Annual report of the Bengal Veterinary College and of the Civil Veterinary Department, Bengal, for the year 1912-1913 - 1912-1913
Year: 1912
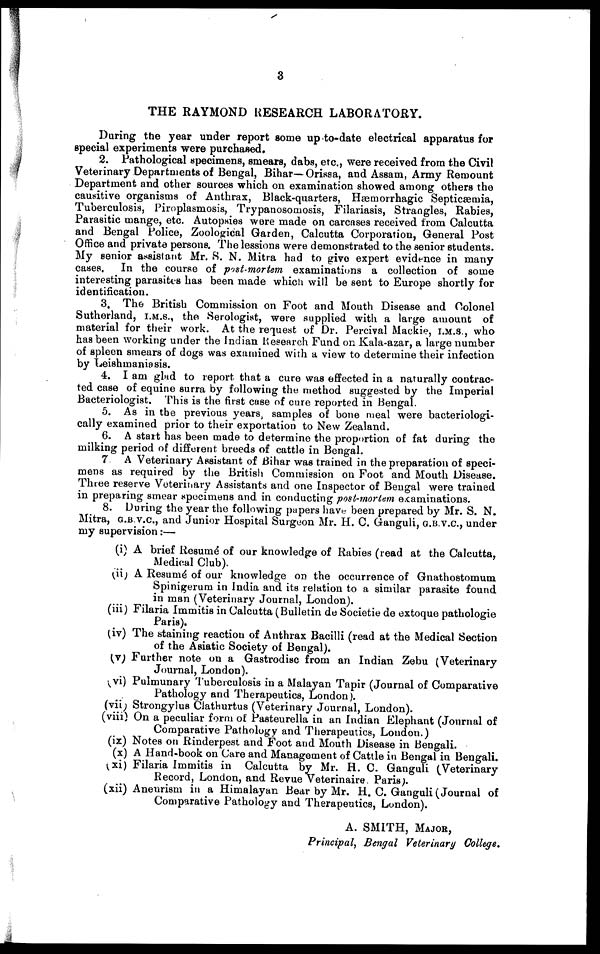
3
THE RAYMOND RESEARCH LABORATORY.
During the year under report some up to-date electrical apparatus for
special experiments were purchased.
2. Pathological specimens, smears, dabs, etc., were received from the Civil
Veterinary Departments of Bengal, Bihar—Orissa, and Assam, Army Remount
Department and other sources which on examination showed among others the
causitive organisms of Anthrax, Black-quarters, Hæmorrhagic Septicæmia,
Tuberculosis, Piroplasmosis, Trypanosomosis, Filariasis, Strangles, Rabies,
Parasitic mange, etc. Autopsies wore made on carcases received from Calcutta
and Bengal Police, Zoological Garden, Calcutta Corporation, General Post
Office and private persons. The lessions were demonstrated to the senior students.
My senior assistant Mr. S. N. Mitra had to give expert evidence in many
cases. In the course of post-mortem examinations a collection of some
interesting parasites has been made which will be sent to Europe shortly for
identification.
3. The British Commission on Foot and Mouth Disease and Colonel
Sutherland, I.M.S., the Serologist, were supplied with a large amount of
material for their work. At the request of Dr. Percival Mackie, I.M.S., who
has been working under the Indian Research Fund on Kala-azar, a large number
of spleen smears of dogs was examined with a view to determine their infection
by Leishmaniasis.
4. I am glad to report that a cure was effected in a naturally contrac-
ted case of equine surra by following the method suggested by the Imperial
Bacteriologist. This is the first case of cure reported in Bengal.
5. As in the previous years, samples of bone meal were bacteriologi-
cally examined prior to their exportation to New Zealand.
6. A start has been made to determine the proportion of fat during the
milking period of different breeds of cattle in Bengal.
7 A Veterinary Assistant of Bihar was trained in the preparation of speci-
mens as required by the British Commission on Foot and Mouth Disease.
Three reserve Veterinary Assistants and one Inspector of Bengal were trained
in preparing smear specimens and in conducting post-mortem examinations.
8. During the year the following papers have been prepared by Mr. S. N.
Mitra, G.B.V.C., and Junior Hospital Surgeon Mr. H. C. Ganguli, G.B.V.C., under
my supervision:—
(i) A brief Resumé of our knowledge of Rabies (read at the Calcutta,
Medical Club).
(ii) A Resumé of our knowledge on the occurrence of Gnathostomum
Spinigerum in India and its relation to a similar parasite found
in man (Veterinary Journal, London).
(iii) Filaria Immitis in Calcutta (Bulletin de Societie de extoque pathologie
Paris).
(iv) The staining reaction of Anthrax Bacilli (read at the Medical Section
of the Asiatic Society of Bengal).
(v) Further note on a Gastrodisc from an Indian Zebu (Veterinary
Journal, London).
(vi) Pulmunary Tuberculosis in a Malayan Tapir (Journal of Comparative
Pathology and Therapeutics, London).
(vii) Strongylus Clathurtus (Veterinary Journal, London).
(viii) On a peculiar form of Pasteurella in an Indian Elephant (Journal of
Comparative Pathology and Therapeutics, London.)
(ix) Notes on Rinderpest and Foot and Mouth Disease in Bengali.
(x) A Hand-book on Care and Management of Cattle in Bengal in Bengali.
(xi) Filaria Immitis in Calcutta by Mr. H. C. Ganguli (Veterinary
Record, London, and Revue Veterinaire Paris).
(xii) Aneurism in a Himalayan Bear by Mr. H. C. Ganguli (Journal of
Comparative Pathology and Therapeutics, London).
A. SMITH, MAJOR,
Principal, Bengal Veterinary College.